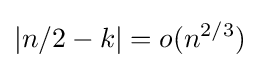
|n/2-k|=o(n^{2/3})